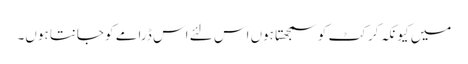
میں کیونکہ کرکٹ کو سمجھتا ہوں اس لئے اس ڈرامے کو جانتا ہوں۔